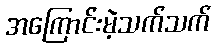
အကြောင်းမဲ့သက်သက်